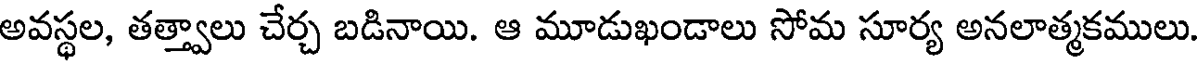
అవస్థల, తత్త్వాలు చేర్చ బడినాయి. ఆ మూడుఖండాలు సోమ సూర్య అనలాత్మకములు.